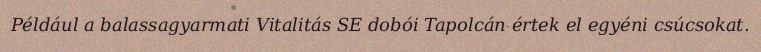
Például a balassagyarmati Vitalitás SE dobói Tapolcán értek el egyéni csúcsokat.